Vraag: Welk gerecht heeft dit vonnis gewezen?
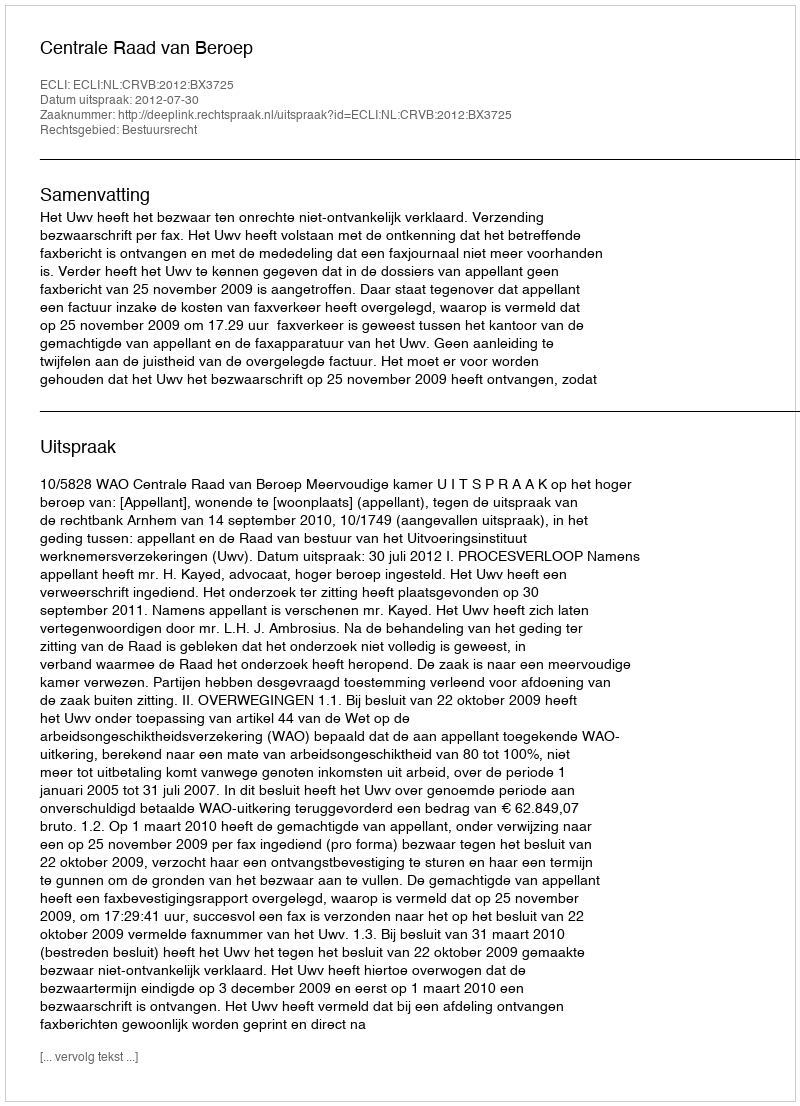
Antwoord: Centrale Raad van Beroep